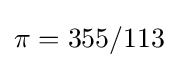
\pi =355/113